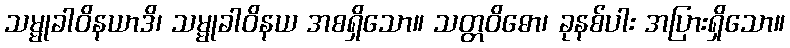
သမ္မုခါဝိနယာဒိ၊ သမ္မုခါဝိနယ အစရှိသော။ သတ္တဝိဓော၊ ခုနစ်ပါး အပြားရှိသော။